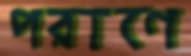
পরাণে